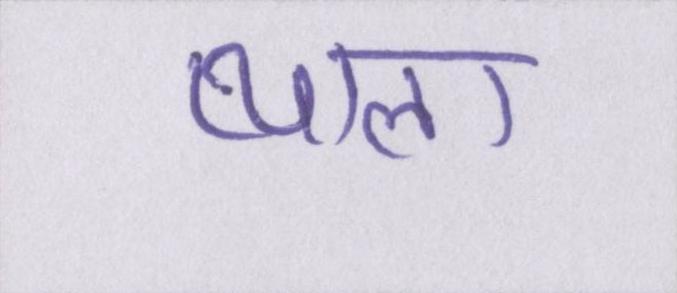
प्याला